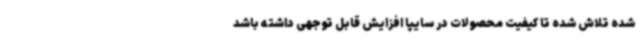
شده تلاش شده تا کیفیت محصولات در سایپا افزایش قابل توجهی داشته باشد